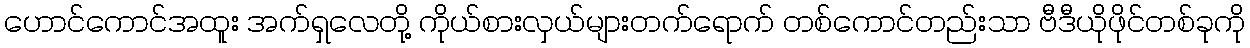
ဟောင်ကောင်အထူး အက်ရှလေတို့ ကိုယ်စားလှယ်များတက်ရောက် တစ်ကောင်တည်းသာ ဗီဒီယိုဖိုင်တစ်ခုကို